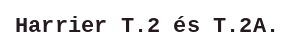
Harrier T.2 és T.2A.